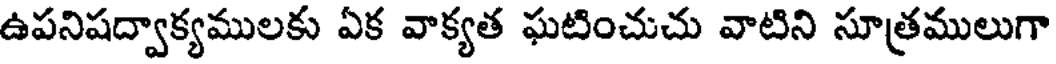
ఉపనిషద్వాక్యములకు ఏక వాక్యత ఘటించుచు వాటిని సూత్రములుగా